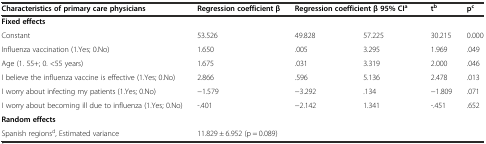
| Characteristics of primary care physicians | Regression coefficient β | <COLSPAN=2> Regression coefficient β 95% CIa | tb | pc |
 | --- | --- | --- | --- | --- | --- |
 | Fixed effects |  |  |  |  |  |
 | Constant | 53.526 | 49.828 | 57.225 | 30.215 | 0.000 |
 | Influenza vaccination (1.Yes; 0.No) | 1.650 | .005 | 3.295 | 1.969 | .049 |
 | Age (1. 55+; 0. <55 years) | 1.675 | .031 | 3.319 | 2.000 | .046 |
 | I believe the influenza vaccine is effective (1.Yes; 0.No) | 2.866 | .596 | 5.136 | 2.478 | .013 |
 | I worry about infecting my patients (1.Yes; 0.No) | −1.579 | −3.292 | .134 | −1.809 | .071 |
 | I worry about becoming ill due to influenza (1.Yes; 0.No) | -.401 | −2.142 | 1.341 | -.451 | .652 |
 | Random effects |  |  |  |  |  |
 | Spanish regionsd, Estimated variance | <COLSPAN=5> 11.829 ± 6.952 (p = 0.089) |